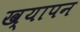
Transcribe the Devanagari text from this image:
ख्यापन